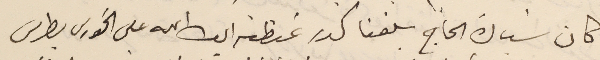
كان سيادة الحاج بلغنا كدر غبطته ايده الله على الخورى بطرس